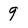
Character: 9